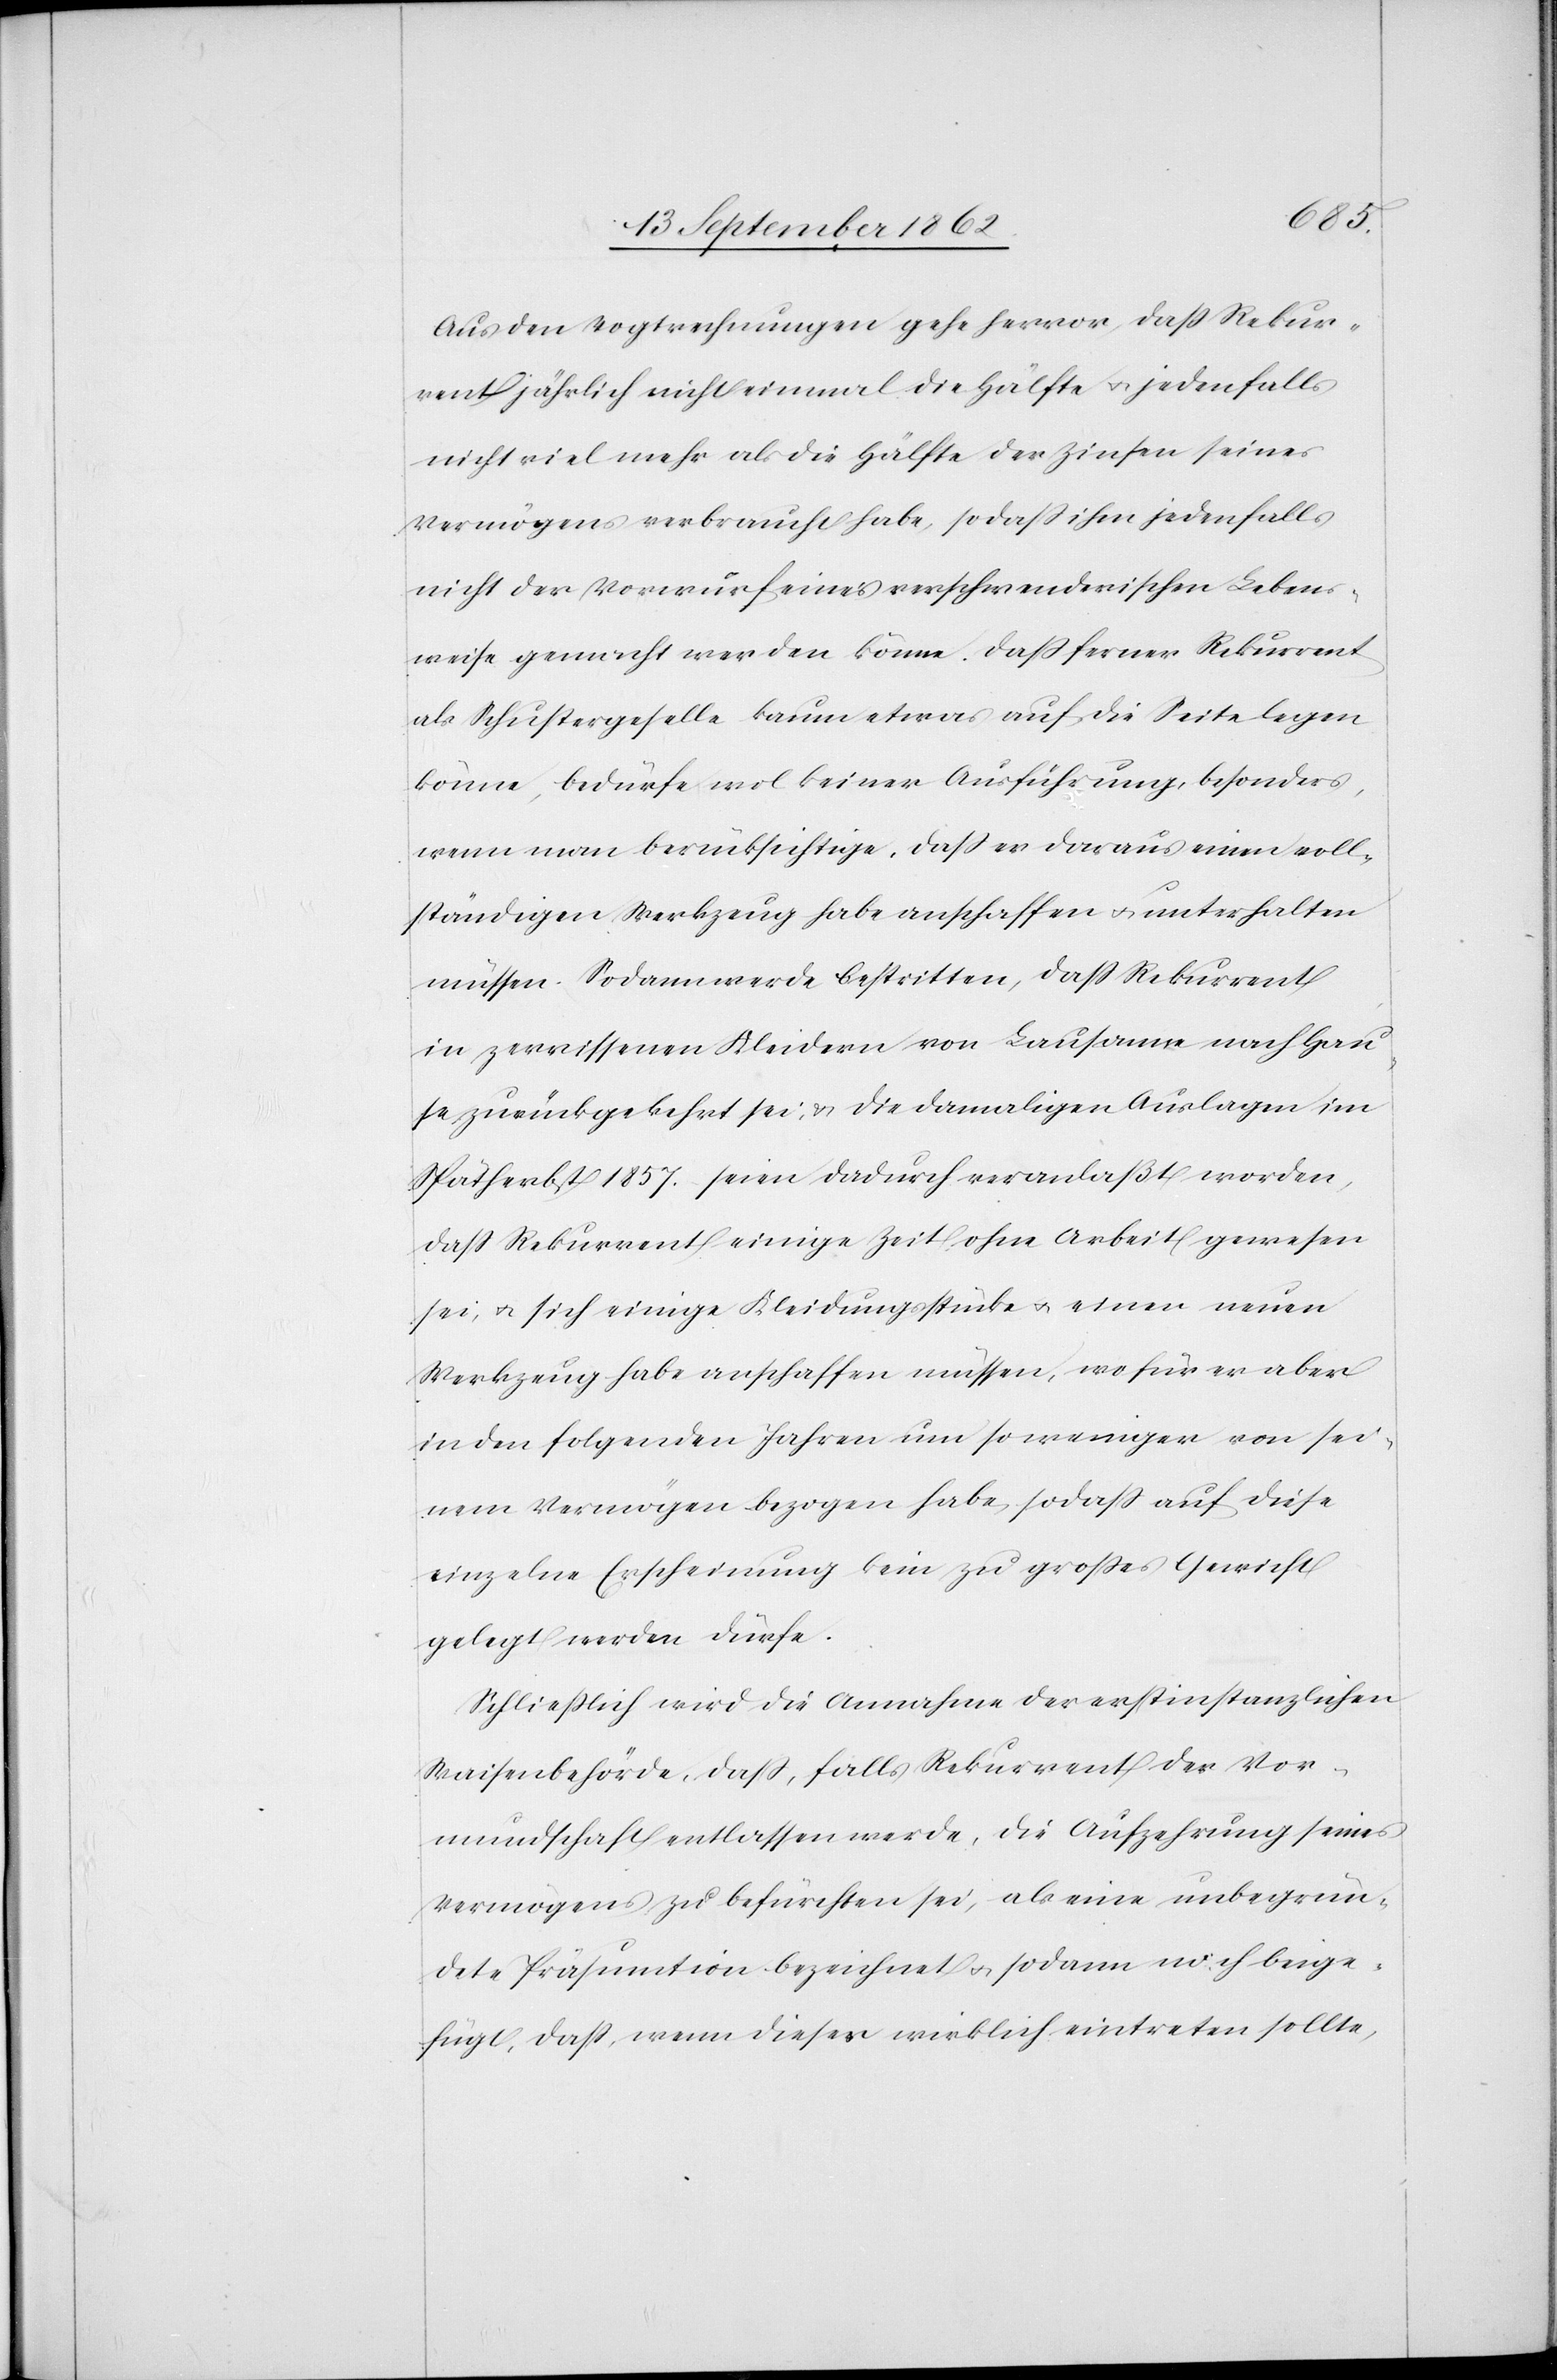
Aus den Vogtrechnungen gehe hervor, daß Rekur¬
rent jährlich nicht einmal die Hälfte u. jedenfalls
nicht viel mehr als die Hälfte der Zinsen seines
Vermögens verbraucht habe, so daß ihm jedenfalls
nicht der Vorwurf einer verschwenderischen Lebens¬
weise gemacht werden könne. Daß ferner Rekurrent
als Schustergeselle kaum etwas auf die Seite legen
könne, bedürfe wol keiner Ausführung, besonders,
wenn man berücksichtige, daß er daraus einen voll¬
ständigen Werkzeug habe schaffen u. unterhalten
müssen. Sodann werde bestritten, daß Rekurrent
in zerrissenen Kleidern von Lausanne nach Hau¬
se zurückgekehrt sei u. die damaligen Auslagen im
Spätherbst 1857 seien dadurch veranlaßt worden,
daß Rekurrent einige Zeit ohne Arbeit gewesen
sei, u. sich einige Kleidungsstücke u. einen neuen
Werkzeug habe anschaffen müssen, wofür er aber
in den folgenden Jahren um so weniger von sei¬
nem Vermögen bezogen habe, so daß auf diese
einzelne Erscheinung kein zu großes Gewicht
gelegt werden dürfe.
Schließlich wird die Annahme der erstinstanzlichen
Waisenbehörde, daß, falls Rekurrent der Vor¬
mundschaft entlassen werde, die Aufzehrung seines
Vermögens zu befürchten sei, als eine unbegrün¬
dete Präsumtion bezeichnet u. sodann noch beige¬
fügt, daß, wenn dieser wirklich eintreten sollte,